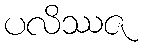
ပလိဿဇ